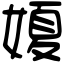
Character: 𡟺